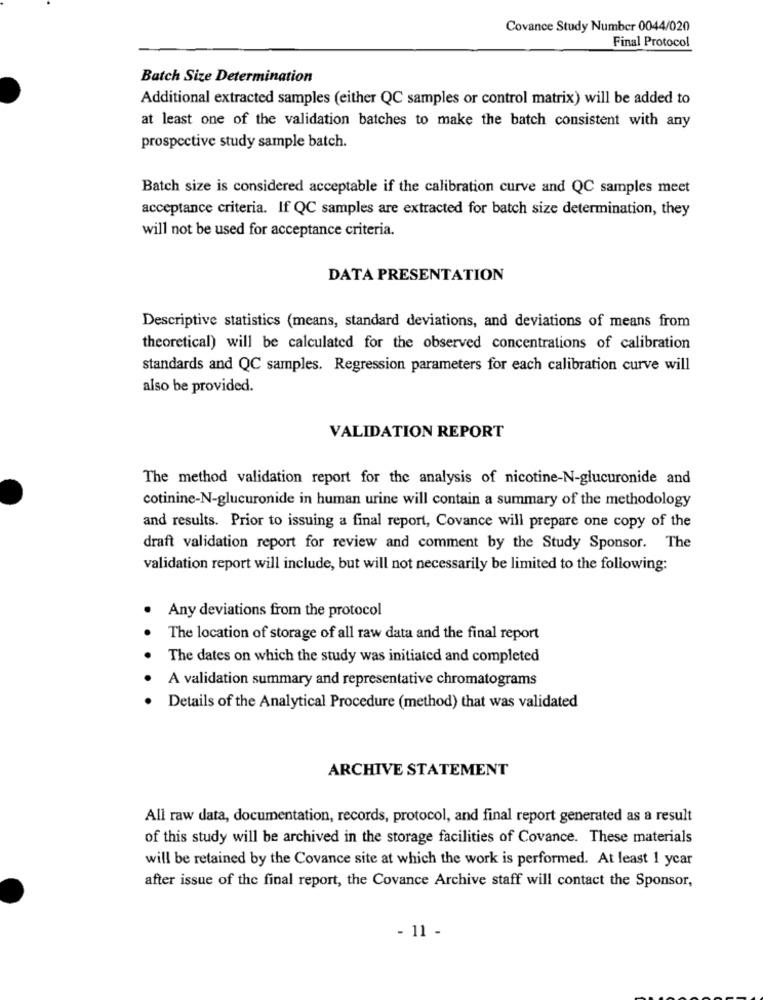
Covance Study Number 0044/020
Final Protocol
Batch Size Determination
Additional extracted samples (either QC samples or control matrix) will be added to
at least one of the validation batches to make the batch consistent with any
prospective study sample batch.
Batch size is considered acceptable if the calibration curve and QC samples meet
acceptance criteria. If QC samples are extracted for batch size determination, they
will not be used for acceptance criteria.
DATA PRESENTATION
Descriptive statistics (means, standard deviations, and deviations of means from
theoretical) will be calculated for the observed concentrations of calibration
standards and QC samples. Regression parameters for each calibration curve will
also be provided.
VALIDATION REPORT
The method validation report for the analysis of nicotine-N-glucuronide and
cotinine-N-glucuronide in human urine will contain a summary of the methodology
and results. Prior to issuing a final report, Covance will prepare one copy of the
draft validation report for review and comment by the Study Sponsor. The
validation report will include, but will not necessarily be limited to the following:
Any deviations from the protocol
The location of storage of all raw data and the final report
The dates on which the study was initiated and completed
A validation summary and representative chromatograms
Details of the Analytical Procedure (method) that was validated
ARCHIVE STATEMENT
All raw data, documentation, records, protocol, and final report generated as a result
of this study will be archived in the storage facilities of Covance. These materials
will be retained by the Covance site at which the work is performed. At least 1 ycar
after issue of the final report, the Covance Archive staff will contact the Sponsor,
- 11 -